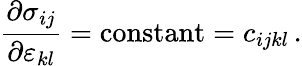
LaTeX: {\frac{\partial\sigma_{ij}}{\partial\varepsilon_{kl}}}={\mathrm{constant}}=c_{ijkl}\, .